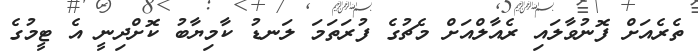
ތެރެއަށް ފޮނުވާލައި ރެއާލްއަށް މެޗުގެ ފުރަތަމަ ލަނޑު ކާމިޔާބު ކޮށްދިނީ އެ ޓީމުގެ